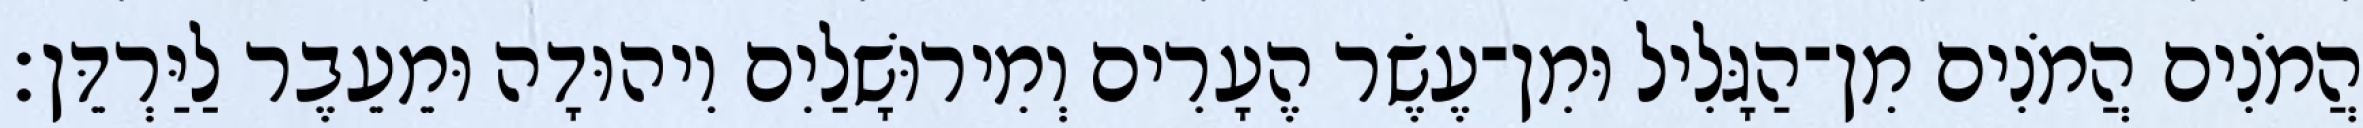
הֲמֹנִים הֲמֹנִים מִן־הַגָּלִיל וּמִן־עֶשֶׂר הֶעָרִים וְמִירוּשָׁלַיִם וִיהוּדָה וּמֵעֵבֶר לַיַּרְדֵּן׃